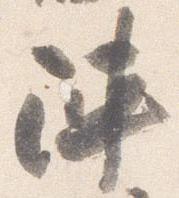
陣